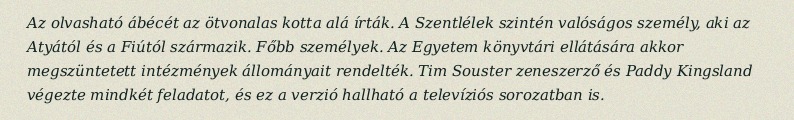
Az olvasható ábécét az ötvonalas kotta alá írták. A Szentlélek szintén valóságos személy, aki az Atyától és a Fiútól származik. Főbb személyek. Az Egyetem könyvtári ellátására akkor megszüntetett intézmények állományait rendelték. Tim Souster zeneszerző és Paddy Kingsland végezte mindkét feladatot, és ez a verzió hallható a televíziós sorozatban is.